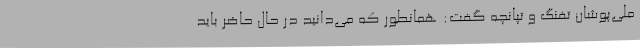
ملی‌پوشان تفنگ و تپانچه گفت: همانطور که می‌دانید در حال حاضر باید